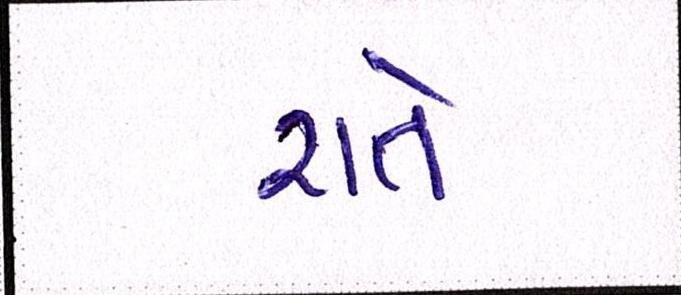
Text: રાતે